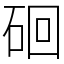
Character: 硘